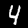
Digit: 4